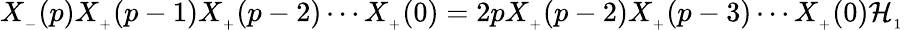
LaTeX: X_{_{-}}(p)X_{_{+}}(p-1)X_{_{+}}(p-2)\cdots X_{_{+}}(0)=2pX_{_{+}}(p-2)X_{_{+}}(p-3)\cdots X_{_{+}}(0){\cal H}_{_{1}}